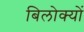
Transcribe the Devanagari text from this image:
बिलोक्‍यों